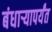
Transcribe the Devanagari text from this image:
बंधार्‍यापर्यंत